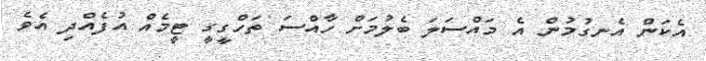
އެކަން އެނގުމުން އެ މައްސަލަ ބެލުމަށް ހާއްސަ ތަހްގީގީ ޓީމެއް އުފެއްދި އެވެ